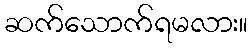
ဆက်သောက်ရမလား။